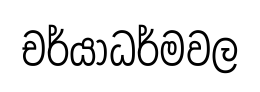
චර්යාධර්මවල